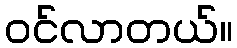
ဝင်လာတယ်။